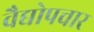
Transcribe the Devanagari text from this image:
वैद्योपचार